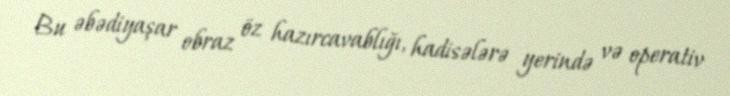
Bu əbədiyaşar obraz öz hazırcavablığı, hadisələrə yerində və operativ